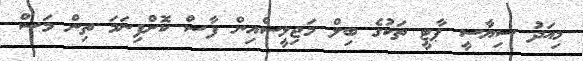
މިއަދު ސިޔާސީ ޕާޓީ ތަކުގެ ބިލް މަޖިލީސްއިން ފާސް ކޮށްފިނަމަ ތިން މަސް